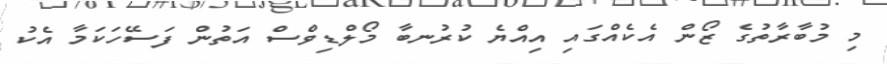
މި މުބާރާތުގެ ޒޯން އެކެއްގައި އިއްޔެ ކުރުނބާ މޯލްޑިވްސް އަތުން ފަސޭހަކަމާ އެކު